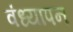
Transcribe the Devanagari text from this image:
वंध्यापन